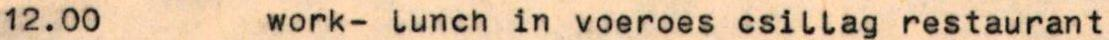
12.00  work- lunch in voeroes csillag restaurant